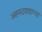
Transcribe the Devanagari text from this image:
अहमदशाहाच्या